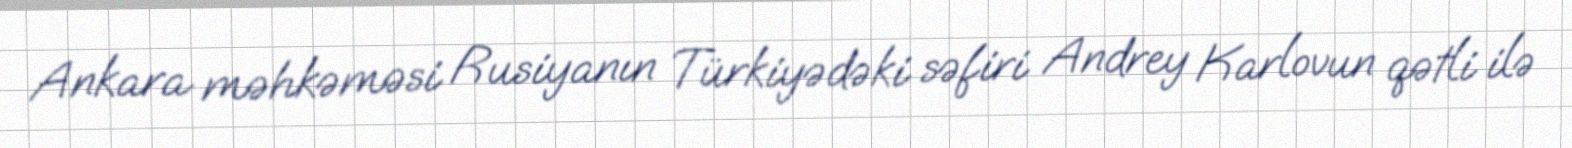
Ankara məhkəməsi Rusiyanın Türkiyədəki səfiri Andrey Karlovun qətli ilə